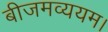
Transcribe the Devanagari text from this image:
बीजमव्ययम।